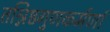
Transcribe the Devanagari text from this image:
तन्निष्ठगुणकर्मणां